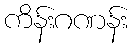
ကိန်းဂဏန်း